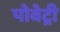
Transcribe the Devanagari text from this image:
पोवेट्री